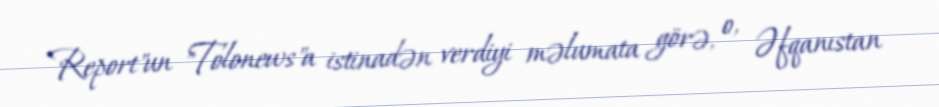
Report"un "Tolonews"a istinadən verdiyi məlumata görə, o, Əfqanıstan